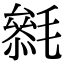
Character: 𣯺